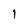
Character: 1